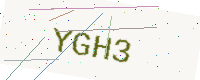
Text: YGH3